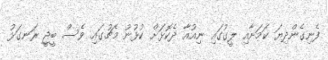
ފެނިގެންދިޔަ ކަމަށާއި ލީގުގައި ނިއުއާ ދެކޮޅަށް ކުޅުނު މެޗުގައި ވެސް ބީޖީ ރަނގަޅު